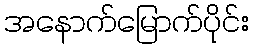
အနောက်မြောက်ပိုင်း